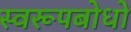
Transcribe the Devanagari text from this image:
स्वरूपबोधों